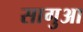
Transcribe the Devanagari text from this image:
सागुआ